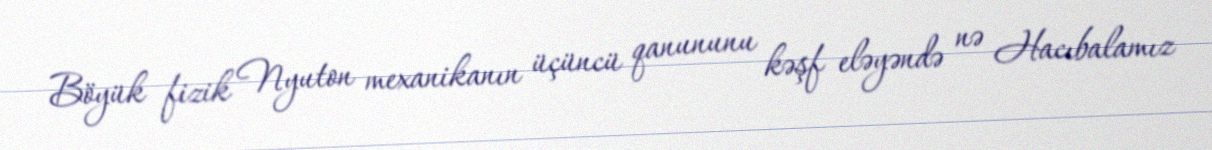
Böyük fizik Nyuton mexanikanın üçüncü qanununu kəşf eləyəndə nə Hacıbalamız